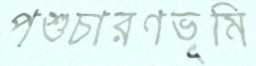
পশুচারণভূমি